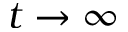
t \to \infty